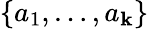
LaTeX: \{ a_{1},\ldots,a_{\mathbf{k}}\}